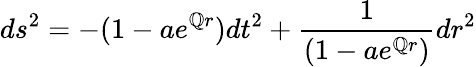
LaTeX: ds^{2}=-(1-ae^{\mathbb{Q}r})dt^{2}+\frac{{1}}{{(1-ae^{\mathbb{Q}r})}}dr^{2}